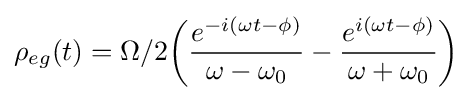
\rho _{eg}(t)=\Omega /2{\bigg (}{\frac {e^{-i(\omega t-\phi )}}{\omega -\omega _{0}}}-{\frac {e^{i(\omega t-\phi )}}{\omega +\omega _{0}}}{\bigg )}